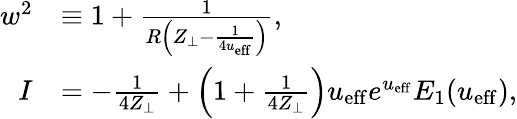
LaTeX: \begin{array}{rl}{w^{2}}&{\equiv 1+\frac{1}{R\left(Z_{\perp}-\frac{1}{4u_{\mathrm{eff}}}\right)},}\\ {I}&{=-\frac{1}{4Z_{\perp}}+\left(1+\frac{1}{4Z_{\perp}}\right)u_{\mathrm{eff}}e^{u_{\mathrm{eff}}}E_{1}(u_{\mathrm{eff}}),}\end{array}